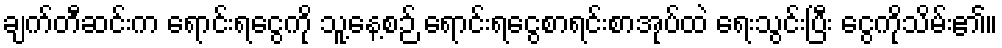
ချက်တီဆင်းက ရောင်းရငွေကို သူ့နေ့စဉ် ရောင်းရငွေစာရင်းစာအုပ်ထဲ ရေးသွင်းပြီး ငွေကိုသိမ်း၏။